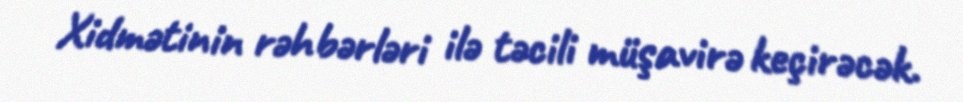
Xidmətinin rəhbərləri ilə təcili müşavirə keçirəcək.